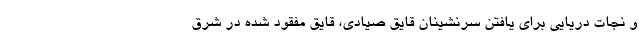
و نجات دریایی برای یافتن سرنشینان قایق صیادی، قایق مفقود شده در شرق